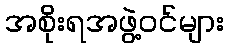
အစိုးရအဖွဲ့ဝင်များ